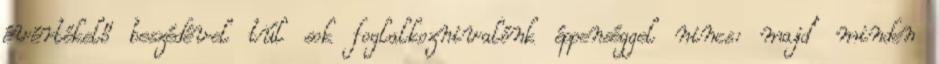
évértékelő beszédével túl sok foglalkoznivalónk éppenséggel nincs: majd’ minden